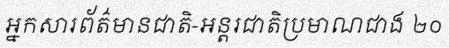
អ្នកសារព័ត៌មានជាតិ-អន្តរជាតិប្រមាណជាង ២០